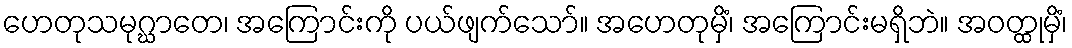
ဟေတုသမုဂ္ဃာတေ၊ အကြောင်းကို ပယ်ဖျက်သော်။ အဟေတုမှိံ၊ အကြောင်းမရှိဘဲ။ အဝတ္ထုမှိံ၊